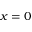
x = 0